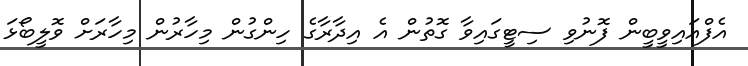
އެފްއައިވީބީން ފޮނުވި ސިޓީގައިވާ ގޮތުން އެ އިދާރާގެ ހިންގުން މިހާރުން މިހާރަށް ވޮލީބޯޅަ